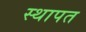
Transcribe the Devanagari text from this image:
स्थापत